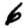
Digit: 6